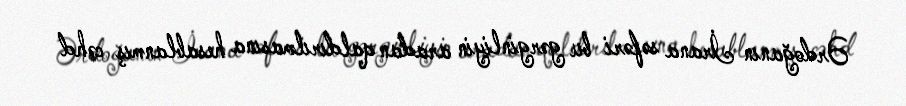
Ərdoğanın İrana səfəri bu gərginliyin aradan qaldırılmasına hesablanmış cəhd